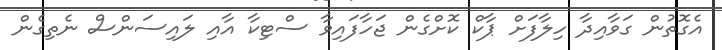
އެގޮތުން ގަވާއިދާ ހިލާފަށް ޕާކް ކޮށްގެން ޖަހާފައިވާ ސްޓިކާ އާއި ލައިސަންސް ނެތިގެން